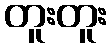
တူးတူး